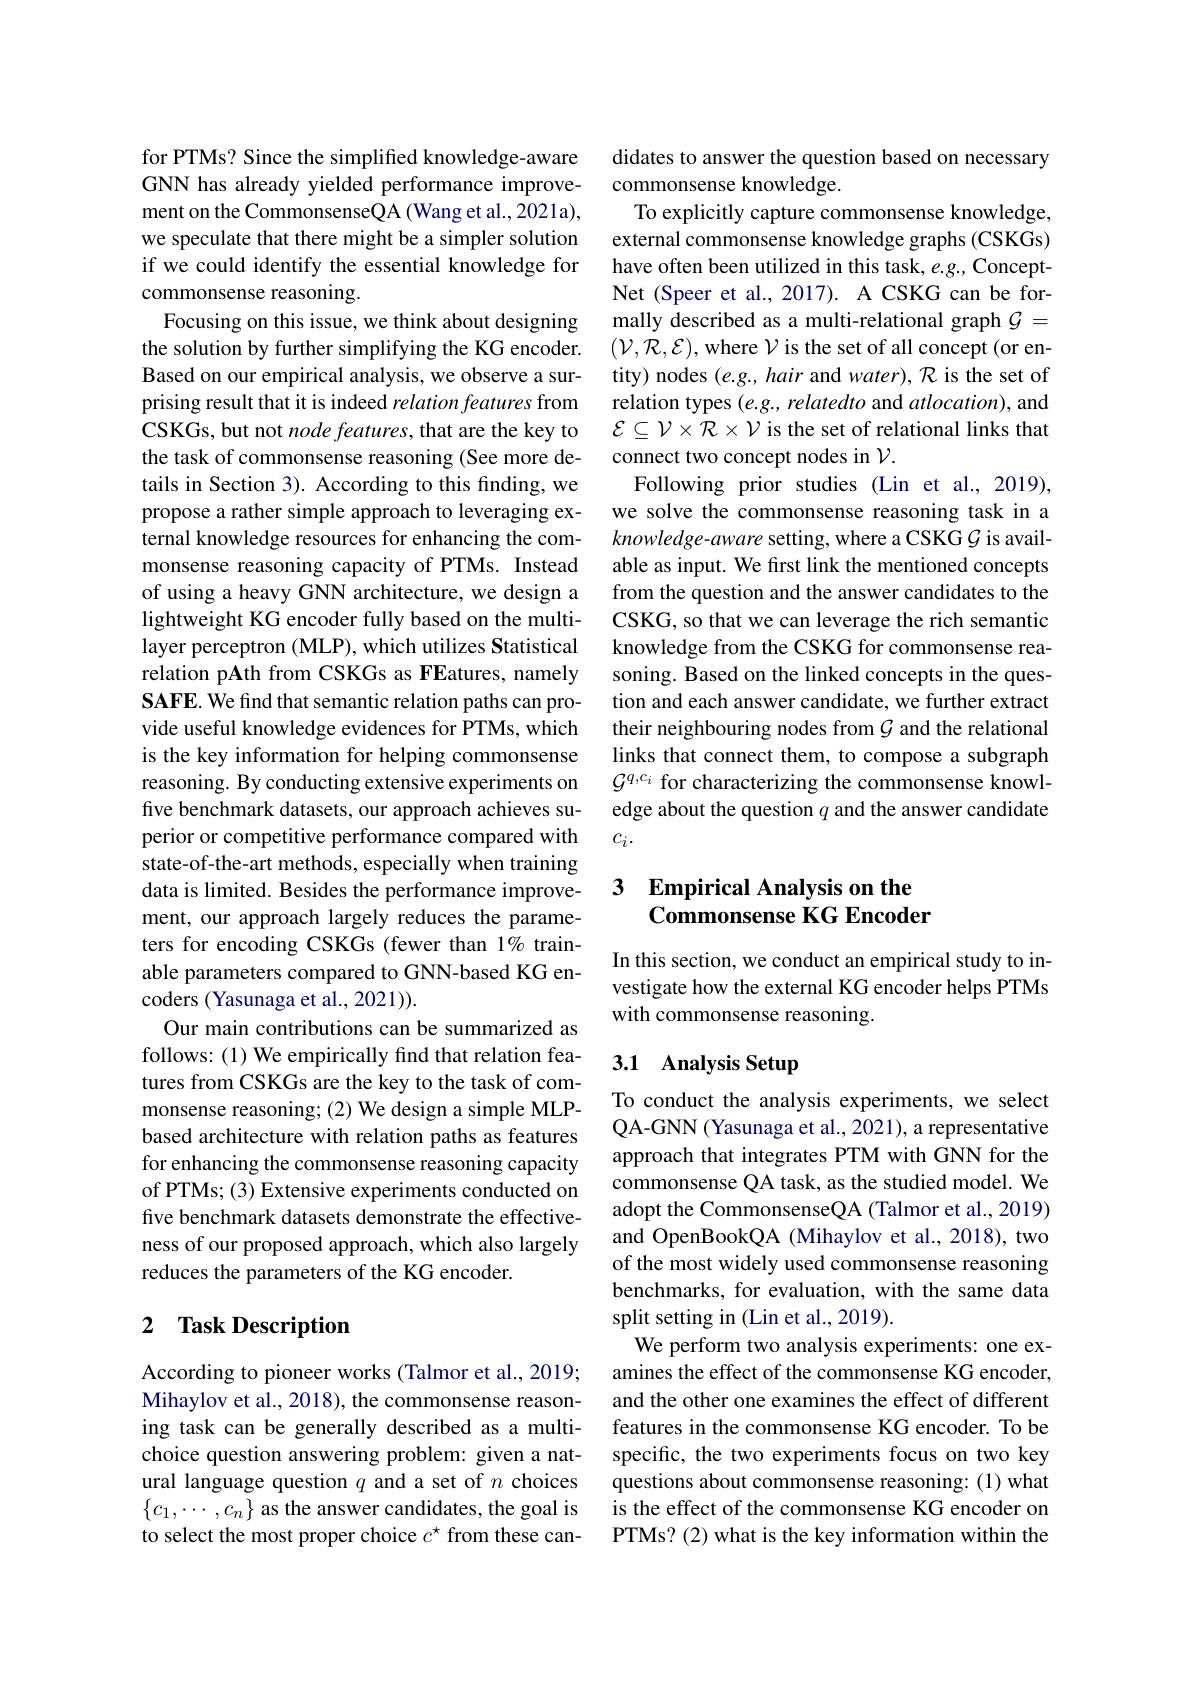
for PTMs? Since the simplified knowledge-aware GNN has already yielded performance improvement on the CommonsenseQA (Wang et al., 2021a), we speculate that there might be a simpler solution if we could identify the essential knowledge for commonsense reasoning
Focusing on this issue, we think about designing the solution by further simplifying the KG encoder. Based on our empirical analysis, we observe a surprising result that it is indeed relation features from CSKGs, but not node features, that are the key to the task of commonsense reasoning (See more details in Section 3). According to this finding, we propose a rather simple approach to leveraging external knowledge resources for enhancing the commonsense reasoning capacity of PTMs. Instead of using a heavy GNN architecture, we design a lightweight KG encoder fully based on the multilayer perceptron (MLP), which utilizes Statistical relation pAth from CSKGs as FEatures, namely SAFE. We find that semantic relation paths can provide useful knowledge evidences for PTMs, which is the key information for helping commonsense reasoning. By conducting extensive experiments on five benchmark datasets, our approach achieves superior or competitive performance compared with state-of-the-art methods, especially when training data is limited. Besides the performance improvement, our approach largely reduces the parameters for encoding CSKGs (fewer than 1% trainable parameters compared to GNN-based KG encoders (Yasunaga et al., 2021)).
Our main contributions can be summarized as follows: (1) We empirically find that relation features from CSKGs are the key to the task of commonsense reasoning; (2) We design a simple MLPbased architecture with relation paths as features for enhancing the commonsense reasoning capacity of PTMs; (3) Extensive experiments conducted on five benchmark datasets demonstrate the effectiveness of our proposed approach, which also largely reduces the parameters of the KG encoder.

# 2 Task Description

According to pioneer works (Talmor et al., 2019; Mihaylov et al., 2018), the commonsense reasoning task can be generally described as a multichoice question answering problem: given a natural language question $q$ and a set of $n$ choices $\{c_1,\cdots,c_n\}$ as the answer candidates, the goal is to select the most proper choice $c^\star$ from these can-

didates to answer the question based on necessary
commonsense knowledge.
To explicitly capture commonsense knowledge, external commonsense knowledge graphs (CSKGs) have often been utilized in this task, e.g., ConceptNet (Speer et al., 2017). A CSKG can be formally described as a multi-relational graph $\mathcal{G}=$ $(\mathcal{V},\mathcal{R},\mathcal{E})$,where $\mathcal{V}$ is the set of all concept (or entity) nodes (e.g., hair and water), R is the set of relation types (e.g., relatedto and atlocation), and $\mathcal{E}\subseteq\mathcal{V}\times\mathcal{R}\times\mathcal{V}$ is the set of relational links that connect two concept nodes in $\mathcal{V}.$
Following prior studies (Lin et al., 2019), we solve the commonsense reasoning task in a $knowledge-aware$ setting, where a CSKG $\mathcal{G}$ is available as input. We frst link the mentioned concepts from the question and the answer candidates to the CSKG, so that we can leverage the rich semantic knowledge from the CSKG for commonsense reasoning. Based on the linked concepts in the question and each answer candidate, we further extract their neighbouring nodes from $\mathcal{G}$ and the relational links that connect them, to compose a subgraph $\mathcal{G}^{q,c_i\text{ for characterizing the commonsense knowl-}}$ edge about the question $q$ and the answer candidate $c_i.$

## 3 Empirical Analysis on the Commonsense KG Encoder

In this section, we conduct an empirical study to investigate how the external KG encoder helps PTMs with commonsense reasoning.

# 3.1 Analysis Setup

To conduct the analysis experiments, we select QA-GNN (Yasunaga et al., 2021), a representative approach that integrates PTM with GNN for the commonsense QA task, as the studied model. We adopt the CommonsenseQA (Talmor et al., 2019) and OpenBookQA (Mihaylov et al., 2018), two of the most widely used commonsense reasoning benchmarks, for evaluation, with the same data split setting in (Lin et al., 2019).
We perform two analysis experiments: one examines the effect of the commonsense KG encoder, and the other one examines the effect of different features in the commonsense KG encoder. To be specific, the two experiments focus on two key questions about commonsense reasoning: (1) what is the effect of the commonsense KG encoder on PTMs? (2) what is the key information within the